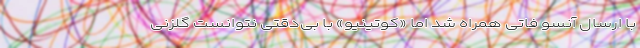
با ارسال آنسو فاتی همراه شد اما «کوتینیو»‌ با بی‌دقتی نتوانست گلزنی